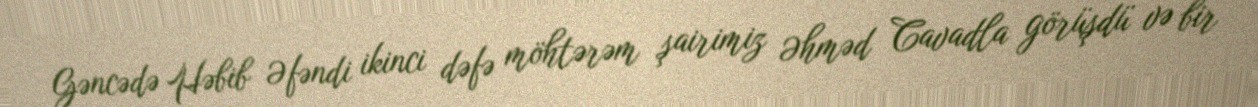
Gəncədə Həbib Əfəndi ikinci dəfə möhtərəm şairimiz Əhməd Cavadla görüşdü və bir